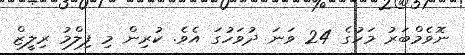
ނޮވެމްބަރު މަހުގެ 24 ވަނަ ދުވަހުގަ އެވެ. ކުރިން މި ފިލްމު ރިލީޒް